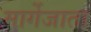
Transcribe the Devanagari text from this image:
मार्गेजाता